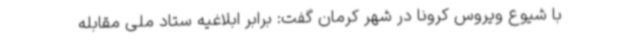
با شیوع ویروس کرونا در شهر کرمان گفت: برابر ابلاغیه ستاد ملی مقابله